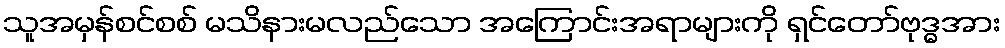
သူအမှန်စင်စစ် မသိနားမလည်သော အကြောင်းအရာများကို ရှင်တော်ဗုဒ္ဓအား